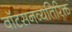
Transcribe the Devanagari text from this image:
वॉटसनव्यतिरिक्त